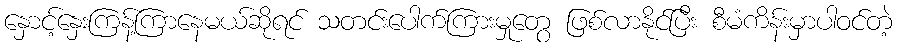
နှောင့်နှေးကြန့်ကြာနေမယ်ဆိုရင် သတင်းပေါက်ကြားမှုတွေ ဖြစ်လာနိုင်ပြီး စီမံကိန်းမှာပါဝင်တဲ့